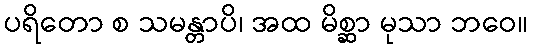
ပရိတော စ သမန္တာပိ၊ အထ မိစ္ဆာ မုသာ ဘဝေ။